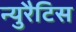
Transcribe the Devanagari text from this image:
न्युरैटिस